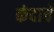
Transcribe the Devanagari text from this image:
कंदाचे